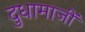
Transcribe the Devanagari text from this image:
दुधामाजीं